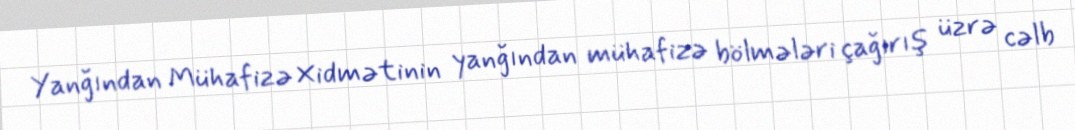
Yanğından Mühafizə Xidmətinin yanğından mühafizə bölmələri çağırış üzrə cəlb